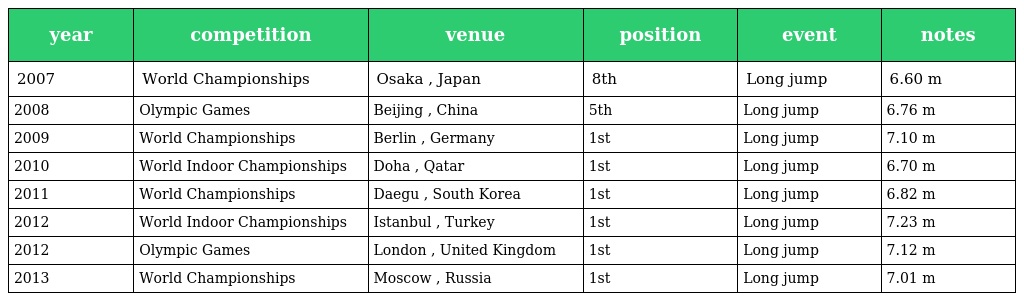
| year | competition | venue | position | event | notes |
 | --- | --- | --- | --- | --- | --- |
 | 2007 | World Championships | Osaka , Japan | 8th | Long jump | 6.60 m |
 | 2008 | Olympic Games | Beijing , China | 5th | Long jump | 6.76 m |
 | 2009 | World Championships | Berlin , Germany | 1st | Long jump | 7.10 m |
 | 2010 | World Indoor Championships | Doha , Qatar | 1st | Long jump | 6.70 m |
 | 2011 | World Championships | Daegu , South Korea | 1st | Long jump | 6.82 m |
 | 2012 | World Indoor Championships | Istanbul , Turkey | 1st | Long jump | 7.23 m |
 | 2012 | Olympic Games | London , United Kingdom | 1st | Long jump | 7.12 m |
 | 2013 | World Championships | Moscow , Russia | 1st | Long jump | 7.01 m |